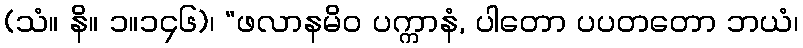
(သံ။ နိ။ ၁။၁၄၆)၊ “ဖလာနမိဝ ပက္ကာနံ, ပါတော ပပတတော ဘယံ၊